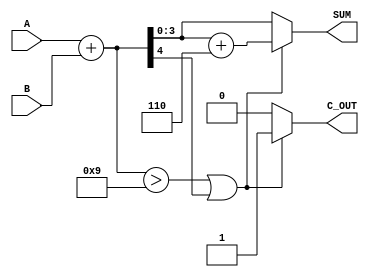
module BCD_Adder (
    input  wire [3:0] A,      // First BCD digit
    input  wire [3:0] B,      // Second BCD digit
    output reg  [3:0] SUM,     // Resultant BCD digit
    output reg  C_OUT         // Carry out
);

    // Intermediate signals
    wire [4:0] binary_sum;     // 5-bit to hold the binary sum
    wire correction;            // Flag for correction needed

    // Binary addition of the two BCD digits
    assign binary_sum = A + B;

    // Determine if correction is needed
    assign correction = (binary_sum > 9) || (binary_sum[4]); // Check if sum > 9 or carry out

    always @(*) begin
        if (correction) begin
            SUM = binary_sum + 5'b00110; // Add 6 to correct the BCD
            C_OUT = 1;                    // Set carry out
        end else begin
            SUM = binary_sum[3:0];        // No correction needed
            C_OUT = 0;                    // No carry out
        end
    end

endmodule